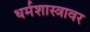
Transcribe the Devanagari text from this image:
धर्मशास्त्रावर